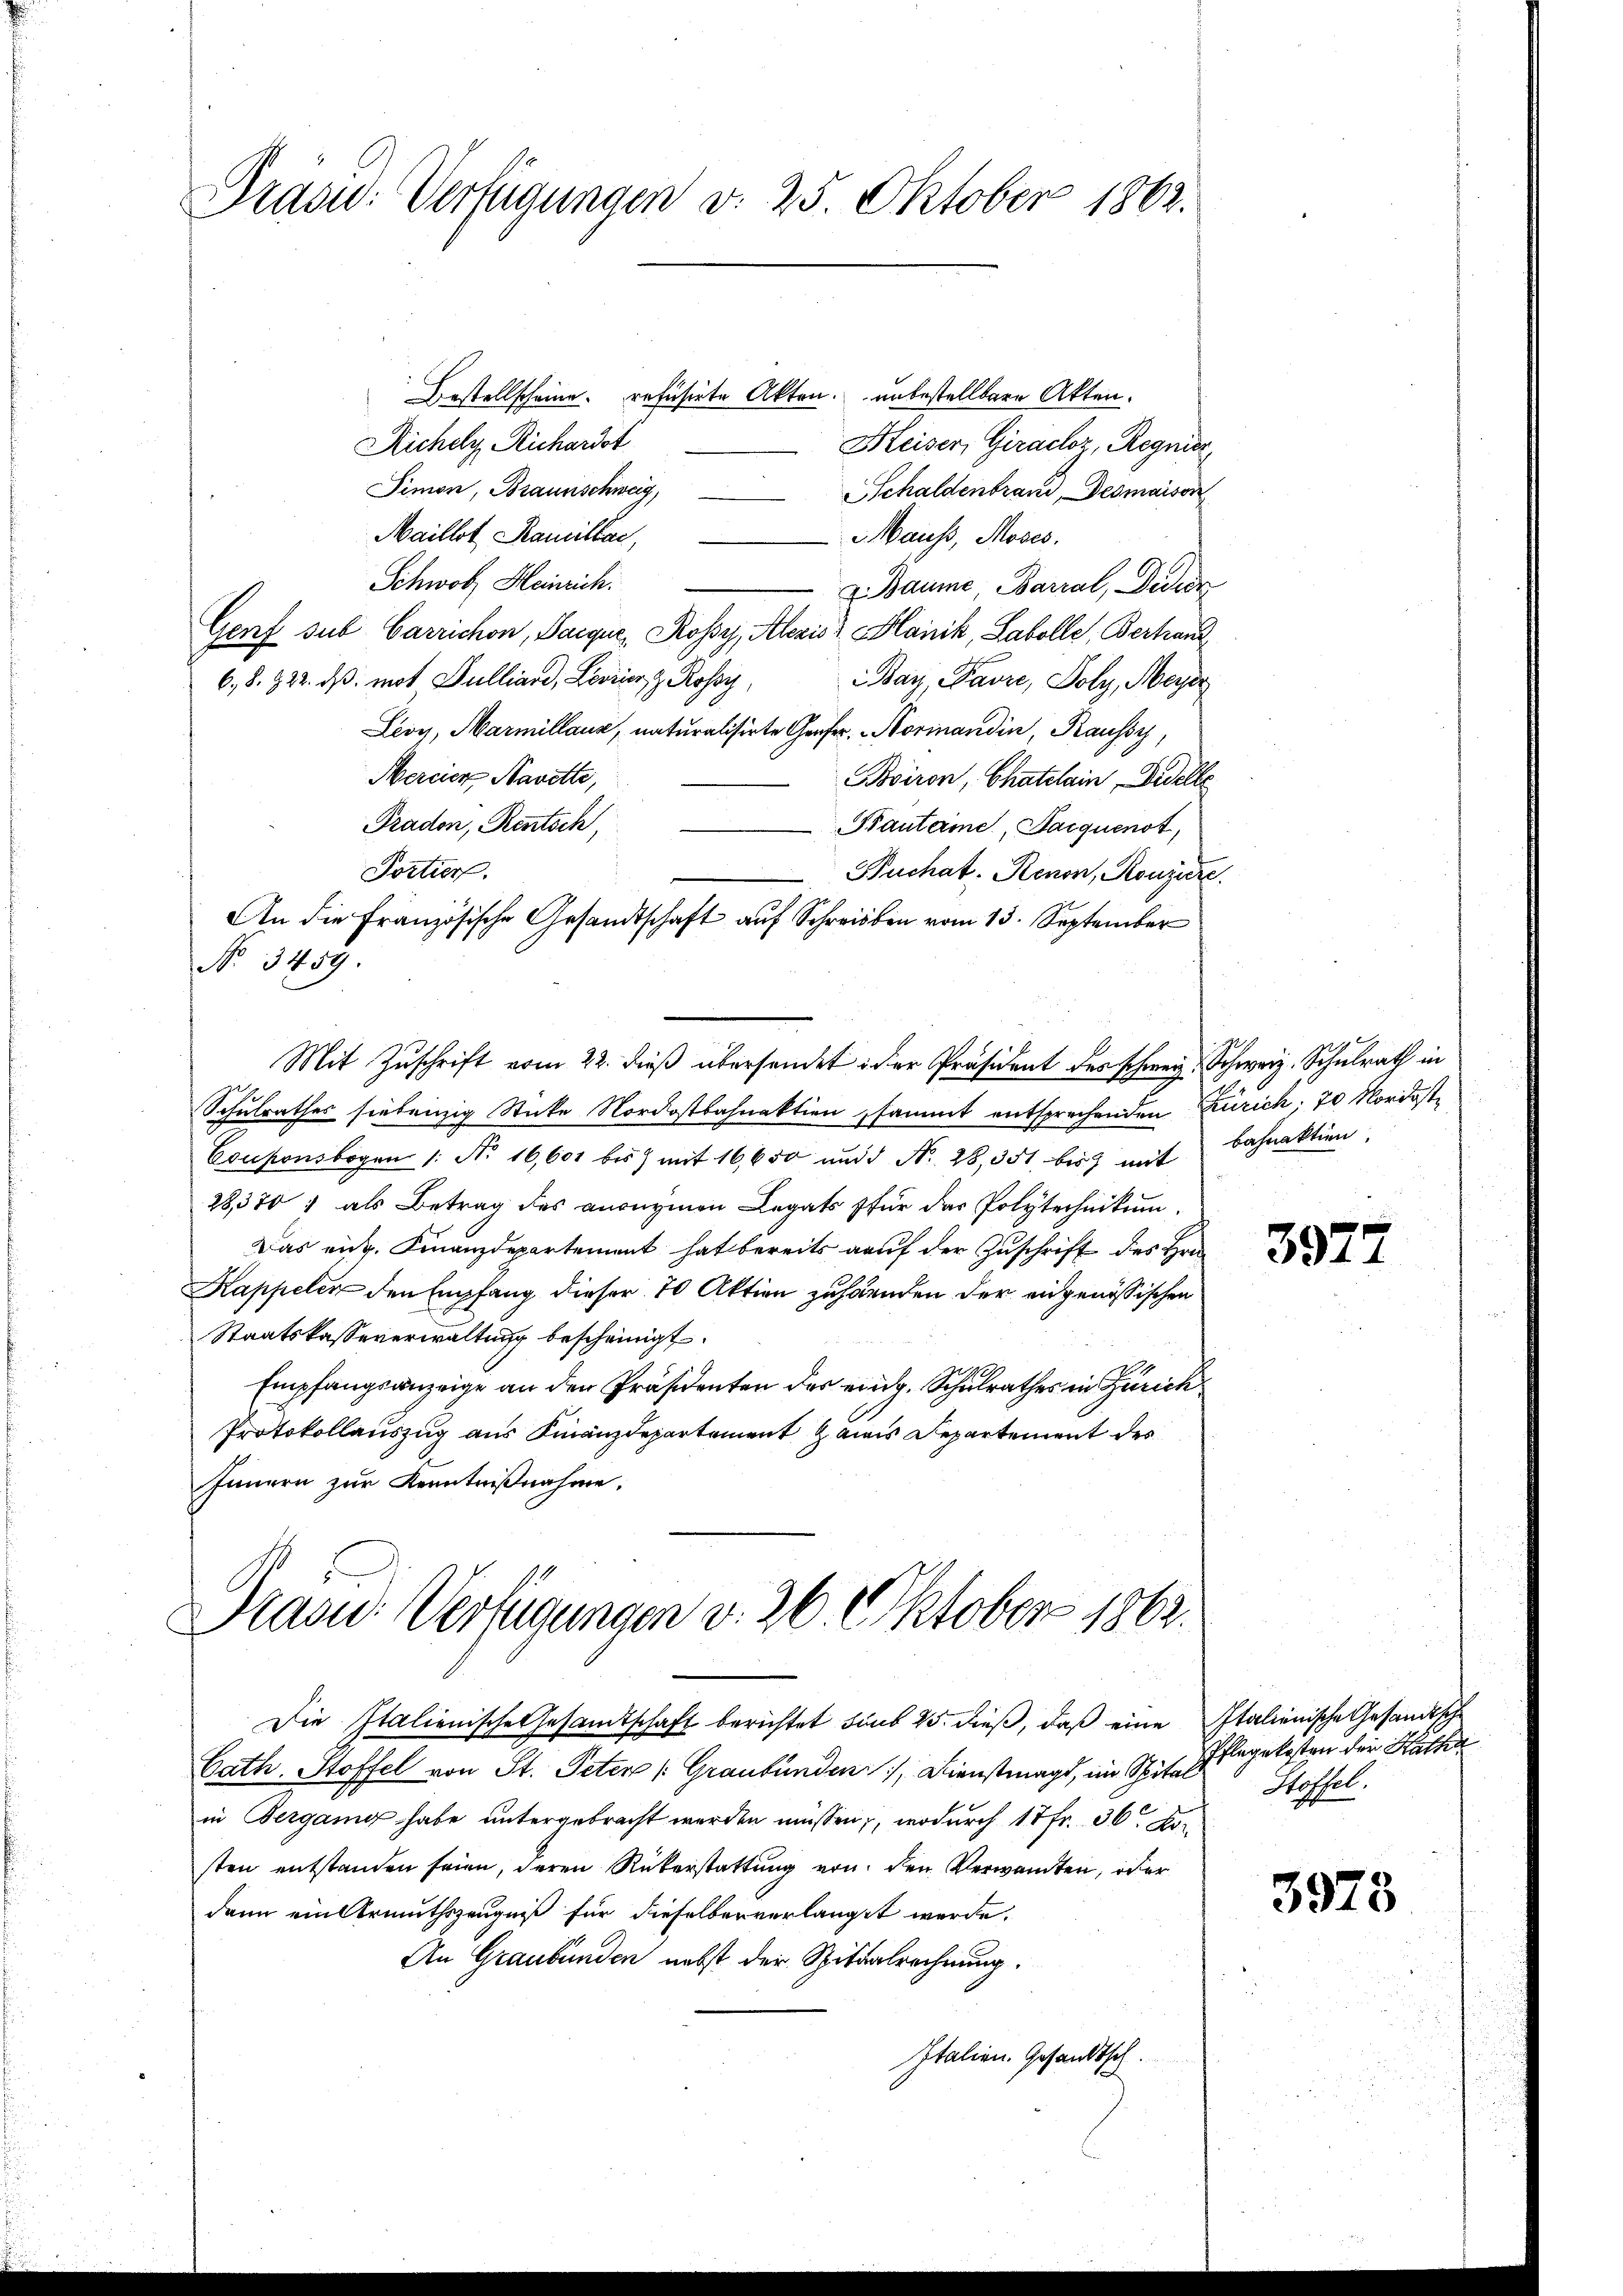
Präsid.: Verfügungen v. 25. Oktober 1862.

Bestellscheine refüsirte Akten. unbestellbare Akten.
Richely Richardst
Heiser, Giraclz, Regnier
Simon, Braunschweig,
Schaldenbrand, Desmaison
Maillot Kamillar,
Mauss, Moses.
Schwob Heinrich.
& Baume Barral, Decor
Genf sub Carrichon, Parque, Rossy, Alezis Blank, Labolle, Berhand
6,8. 822. ds. mit Sulliard, Levier z. Rossy,
Bay, Favre, Poly, Meyer
Leoy, Marmellaus, naturalisirte Grafer. Normandin, Kaussy
Mercier, Navette,
viron, Chatelain edelle
Pradon, Rentsch,
Brauterie, Jacquenst,
No 3459.
Schulrathes siebenzig Sticke Nordostbahnaktion sammt entsprechenden Zürich. 70 Nordost¬
Couponsbogen 1: No 16,601 bis mit 16,650 und N. 28,351 bis mit bahnaktion,
28370 1 als Betrag des anonymen Legats für das Polytechnikum.
Das eidg. Finanzdepartement hat bereits auf der Zuschrift des Hrn.
Kappeler den Empfang dieser 70 Aktion zuhänden der eidgenössischen
Staatskasseverwaltung bescheinigt.
Empfangsanzeige an den Präsidenten des eing. Schulrathes in Zürich
Protokollauszug aus Finanzdepartement es Departement des
Innern zur Kenntnißnahme.
Präsid. Verfügungen v. 26. Oktober 1862.

Portier.
Buchat. Renon, Konjure
An die Französische Gesandtschaft auf Schreiben vom 13. September
Mit Zuschrift vom 22. dieß übersendet der Präsident des schweiz. Schweiz. Schulrath in

Cath. Stoffel von St. Peter /: Graubünden Dienstmagt, im Spital
in Bergang habe untergebracht werden müssen, wodurch 17 Fr. 36. Der
sten entstanden seien, deren Rükerstattung von den Verwandten, oder
dann ein Armuthszeugniß für dieselber verlangt werde.
An Graubünden nebst der Spitalrechnung.
Italien. Gesandtsch.

Die Italienische Gesandtschaft berichtet dans 25. dieß, daß eine Italienische Gesandtsche

3977

3978

Pflegekosten der Katha
Stoffel.